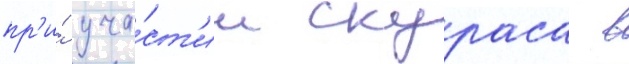
пр'и́ уча́ст'ии скураса в